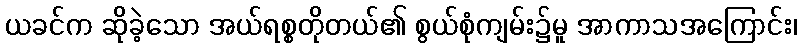
ယခင်က ဆိုခဲ့သော အယ်ရစ္စတိုတယ်၏ စွယ်စုံကျမ်း၌မူ အာကာသအကြောင်း၊